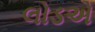
લોડએ